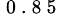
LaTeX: _\mathrm{~0~.~8~5~}